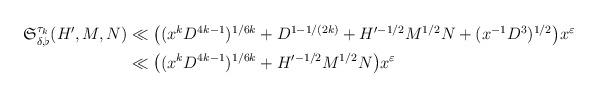
LaTeX: \begin{align*}\begin{aligned}\mathfrak{S}_{\delta, \flat}^{\tau_k}(H', M, N)& \ll \big((x^kD^{4k-1})^{1/6k}+ D^{1-1/(2k)}+ H'^{-1/2} M^{1/2} N+ (x^{-1}D^3)^{1/2}\big)x^{\varepsilon} \\& \ll \big((x^kD^{4k-1})^{1/6k}+ H'^{-1/2} M^{1/2} N\big)x^{\varepsilon} \end{aligned}\end{align*}